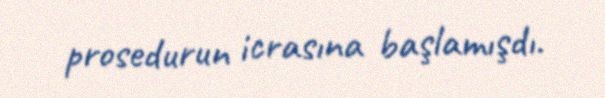
prosedurun icrasına başlamışdı.